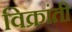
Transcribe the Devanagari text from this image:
विक्रांती